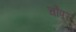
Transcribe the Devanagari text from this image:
चौपर